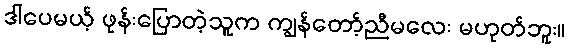
ဒါပေမယ့် ဖုန်းပြောတဲ့သူက ကျွန်တော့်ညီမလေး မဟုတ်ဘူး။